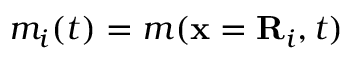
m _ { i } ( t ) = m ( \mathbf { x } = \mathbf { R } _ { i } , t )